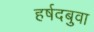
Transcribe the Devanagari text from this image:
हर्षदबुवा